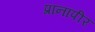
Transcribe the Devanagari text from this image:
प्रानापीर